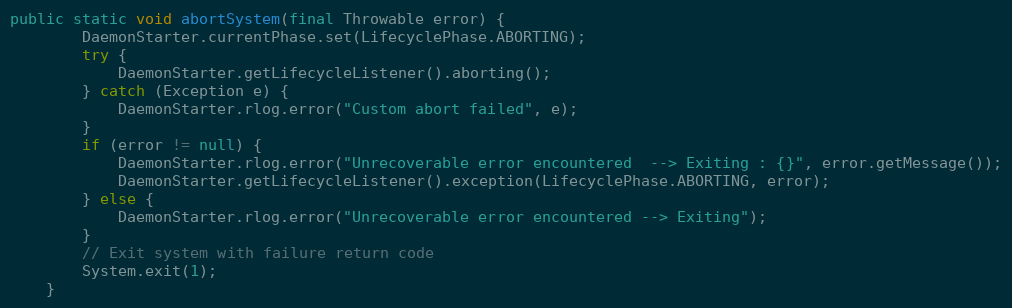
Language: Java
public static void abortSystem(final Throwable error) {
        DaemonStarter.currentPhase.set(LifecyclePhase.ABORTING);
        try {
            DaemonStarter.getLifecycleListener().aborting();
        } catch (Exception e) {
            DaemonStarter.rlog.error("Custom abort failed", e);
        }
        if (error != null) {
            DaemonStarter.rlog.error("Unrecoverable error encountered  --> Exiting : {}", error.getMessage());
            DaemonStarter.getLifecycleListener().exception(LifecyclePhase.ABORTING, error);
        } else {
            DaemonStarter.rlog.error("Unrecoverable error encountered --> Exiting");
        }
        // Exit system with failure return code
        System.exit(1);
    }